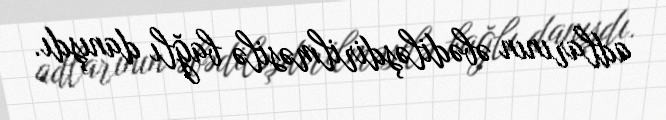
adlarının əbədiləşdirilməsilə bağlı danışdı.